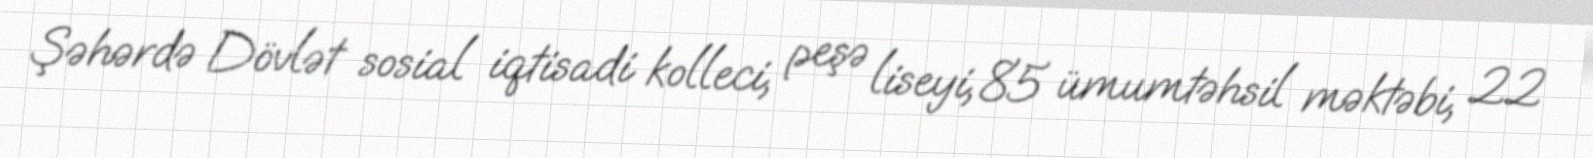
Şəhərdə Dövlət sosial iqtisadi kolleci, peşə liseyi, 85 ümumtəhsil məktəbi, 22